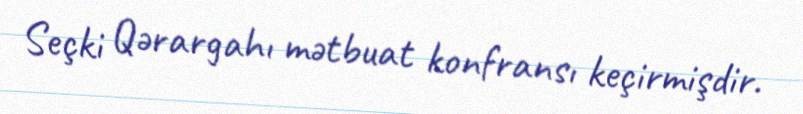
Seçki Qərargahı mətbuat konfransı keçirmişdir.